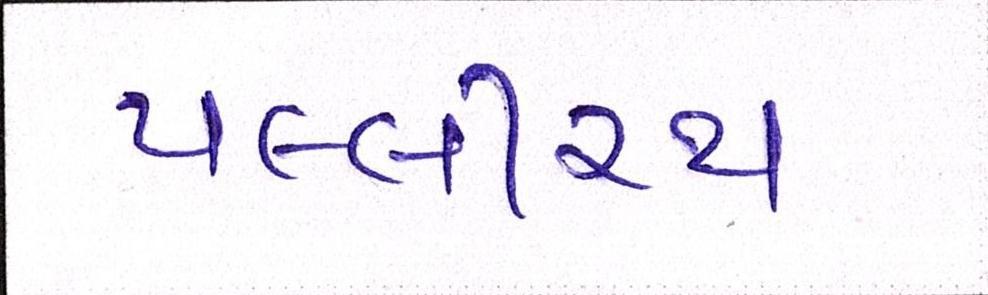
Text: પલ્લીરથ